Indian journal of veterinary science and animal husbandry - Volumes 22-23, 1952-1953
Year: 1952
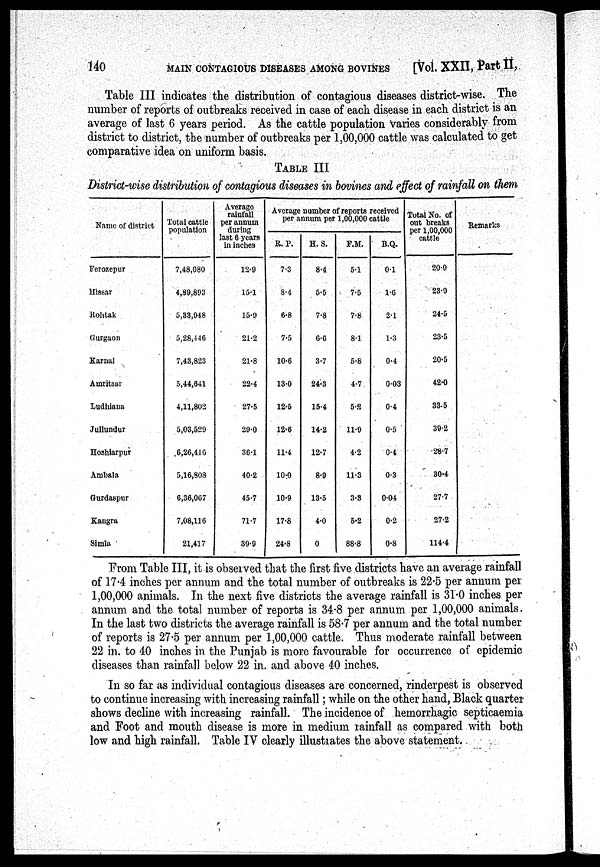
140
MAIN CONTAGIOUS DISEASES AMONG BOVINES
[Vol. XXII, Part II,
Table III indicates the distribution of contagious diseases district-wise. The
number of reports of outbreaks received in case of each disease in each district is an
average of last 6 years period. As the cattle population varies considerably from
district to district, the number of outbreaks per 1,00,000 cattle was calculated to get
comparative idea on uniform basis.
TABLE III
District-wise distribution of contagious diseases in bovines and effect of rainfall on them
Name of district
Ferozepur
Hissar
Rohtak
Gurgaon
Karnal
Amritsar
Ludhiana
Jullundur
Hoshiarpur
Ambala
Gurdaspur
Kangra
Simla
Total cattle
population
7,48,080
4,89,893
5,33,948
5,28,446
7,43,823
5,44,641
4,11,802
5,03,529
6,26,416
5,16,808
6,36,067
7,08,116
21,417
Average
rainfall
per annum
during
last 6 years
in inches
12.9
15.1
15.9
21.2
21.8
22.4
27.5
29.0
36.1
40.2
45.7
71.7
39.9
Average number of reports received
per annum per 1,00,000 cattle
R. P.
7.3
8.4
6.8
7.5
10.6
13.0
12.5
12.6
11.4
10.0
10.9
17.8
24.8
H. S.
8.4
5.5
7.8
6.6
3.7
24.3
15.4
14.2
12.7
8.9
13.5
4.0
0
F.M.
5.1
7.5
7.8
8.1
5.8
4.7
5.2
11.9
4.2
11.3
3.8
5.2
88.8
B.Q.
0.1
1.6
2.1
1.3
0.4
0.03
0.4
0.5
0.4
0.3
0.04
0.2
0.8
Total No. of
out breaks
per 1,00,000
cattle
20.9
23.9
24.5
23.5
20.5
42.0
33.5
39.2
28.7
30.4
27.7
27.2
114.4
Remarks
From Table III, it is observed that the first five districts have an average rainfall
of 17.4 inches per annum and the total number of outbreaks is 22.5 per annum per
1,00,000 animals. In the next five districts the average rainfall is 31.0 inches per
annum and the total number of reports is 34.8 per annum per 1,00,000 animals.
In the last two districts the average rainfall is 58.7 per annum and the total number
of reports is 27.5 per annum per 1,00,000 cattle. Thus moderate rainfall between
22 in. to 40 inches in the Punjab is more favourable for occurrence of epidemic
diseases than rainfall below 22 in. and above 40 inches.
In so far as individual contagious diseases are concerned, rinderpest is observed
to continue increasing with increasing rainfall; while on the other hand, Black quarter
shows decline with increasing rainfall. The incidence of hemorrhagic septicaemia
and Foot and mouth disease is more in medium rainfall as compared with both
low and high rainfall. Table IV clearly illustrates the above statement.